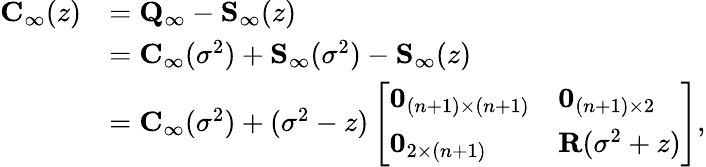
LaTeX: \begin{array}{rl}{{\mathbf C}_{\infty}(z)}&{={\mathbf Q}_{\infty}-{\mathbf S}_{\infty}(z)}\\ &{={\mathbf C}_{\infty}(\sigma^{2})+{\mathbf S}_{\infty}(\sigma^{2})-{\mathbf S}_{\infty}(z)}\\ &{={\mathbf C}_{\infty}(\sigma^{2})+(\sigma^{2}-z)\left[\begin{array}{ll}{{\mathbf 0}_{(n+1)\times(n+1)}}&{{\mathbf 0}_{(n+1)\times 2}}\\ {{\mathbf 0}_{2\times(n+1)}}&{{\mathbf R}(\sigma^{2}+z)}\end{array}\right],}\end{array}